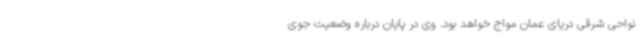
نواحی شرقی دریای عمان مواج خواهد بود. وی در پایان درباره وضعیت جوی